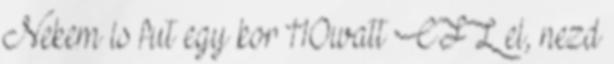
Nekem is fut egy kor 110watt CFL el, nezd